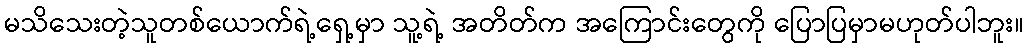
မသိသေးတဲ့သူတစ်ယောက်ရဲ့ရှေ့မှာ သူ့ရဲ့ အတိတ်က အကြောင်းတွေကို ပြောပြမှာမဟုတ်ပါဘူး။